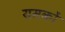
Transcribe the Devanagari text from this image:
यमकों